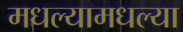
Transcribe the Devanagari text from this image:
मधल्यामधल्या